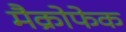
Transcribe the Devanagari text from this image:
मैक्रोफेक